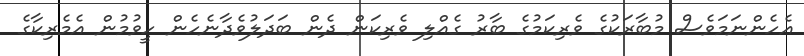
އެހެންނަމަވެސް މުބާރަކުގެ ވެރިކަމުގެ ބާރު ގެއްލި ވެރިކަން ދެން ބަދަލުވެދާނެހެން ހީވުމުން އެމެރިކާގެ